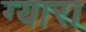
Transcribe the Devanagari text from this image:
ग्यारा